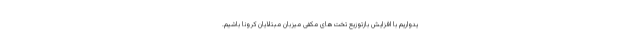
یدواریم با افزایش بازتوزیع تخت‌های مکفی میزبان مبتلایان کرونا باشیم.